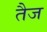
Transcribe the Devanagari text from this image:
तैज